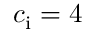
c _ { \mathrm { i } } = 4